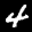
Label: 4